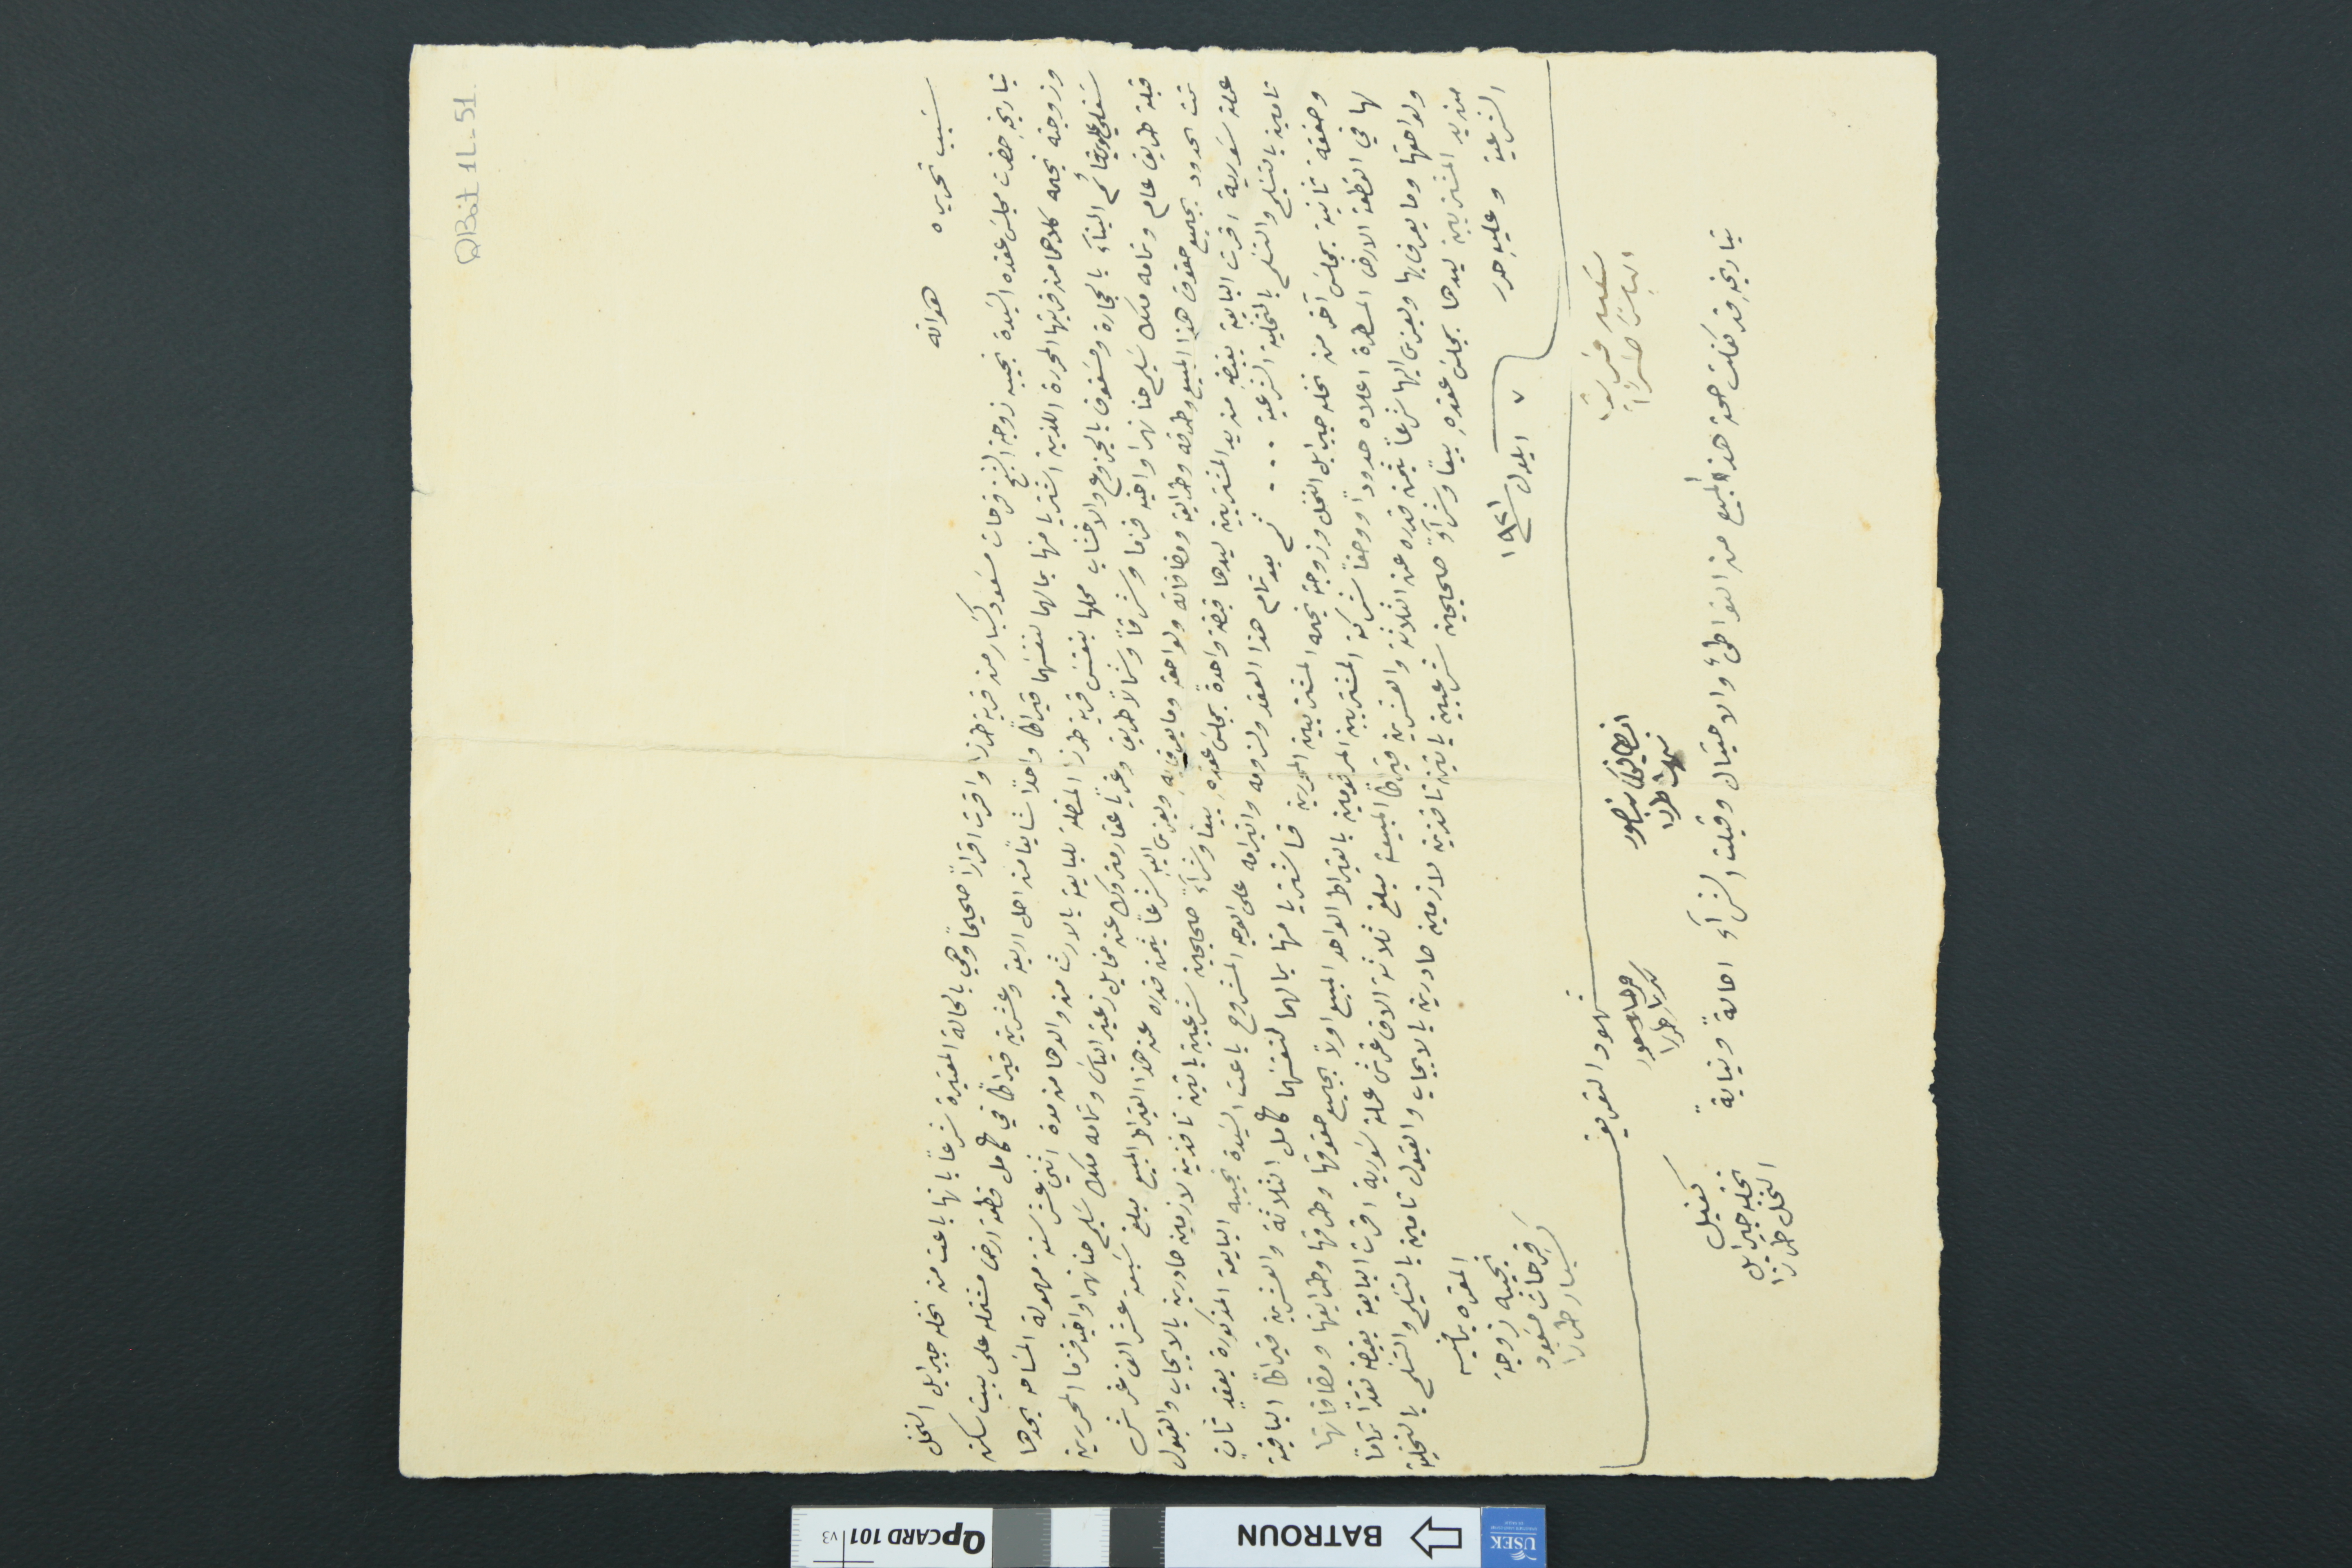
QBat1L-51
سَبب تحريره	هو انه
بتاريخهِ حضرت مجلسَ عقده السِيدة نجيبة زوجه الشيخ فرحات مسَعود كسَبار من قرية طرزا واقرت اقراراً صحيحاً وهي بالحالة المعتبرة شرعاً بانها باعت من نخله جبرايل النخل
وزوجته نجمه كلاهما من قريتها المحررة اللذين اشتريا منها بمالهما لنفسَهما قيراطاً واحداً شايعاً من اصل اربعة وعشرين قيراطاً في كامل قطعة ارض مشتمله على بيت سكن
سَفلي علوي قائم البنآء بالحجارة ومسَقوف بالجزوع والاخشاب محلها بنفسَ قرية طرزا المتصلة للبايعة بالارث من والدها من مدة اثني عشر سنة مهمولة المسَاحه يحدها
قبلة طريق عام وتمامه ملك سَليم حنا نهرا اخيه قزما وشرقاً وشمالاً طريق وغرباً عقار متروك عن مخايل زعيتر الياسَ وتمامه ملك سَليم حنا نهرا واخيه قزما المحررين
تحت الحدود بجميع الحقوق هذا المبيع وطرقه وطرايقه ومضافاته ولواحقه وما يعرف بهِ ويعزى اليهِ شرعاً بثمن قدره عن هذا القيراط المبيع مبلغ سَبعة عشر الف غرش
عملة سَورية اقرت البايعة بقبضهِ من يد المشتريين ليدها قبضة واحدةً بمجلسَ عقدهِ بيعاَ وشرآءً صحيحين شرعيين باقين نافذين لازمين صادرين بالايجاب والقبول
تامين بالتسَليم والتسَلم بالتخلية الشرعية ... ثم بعد تمام هذا العقد ولزومه وانبرامه على الوجه المشروح باعت السَيدة نجيبه البايعة المذكورة بعقدٍ ثانٍ
وصفقة ثانية بمجلسَ آخر من نخله جبرايل النخل وزوجته نجمه المشتريين المحررين فاشتريا منها بمالهما لنفسَهما كامل الثلاثة والعشرين قيراطاً الباقية
لها في القطعة الارض المسطرة اعلاه حدوداً ووصفاً شركة المشتريين المرقومين بالقيراط الواحد المبيع اولاً بجميع حقوقها وطرقها وطرايقها ومضافاتها
ولواحقها وما يعرف بها ويعزى اليها شرعاً بثمن قدره عن الثلاثة والعشرين قيراطاً المبيعة مبلغ ثلاثة الاف غرش عملة سَورية اقرت البايعة بقبضه نقداً تماماً
من يد المشتريين ليدها بمجلسَ عقدهِ بيعاً وشرآءً صحيحين شرعيين باتين نافذين لازمين صادرين بالايجاب والقبول تامين بالتسَليم والتسَلم بالتخلية
الشرعية وعليهِ حرر 		٧ ايلول سنة ١٩٢١
المقره بما فيه نجيبه زوجة فرحات مسَعود كسبار طرزا
شهود التعريف
سَعيد فريق الياسَ طرزآ	انطانيوسَ منصور نهرا طرزا		فرحات مسعود كسبار طرزا
بتاريخ قد كفلت صحة هذا المبيع من التواطىء والاحتيال وقبلت الشرآء احالةً ونيابةً
كفيل نخله جبرايل النخل طرزا